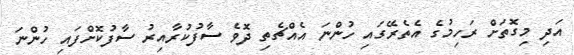
އަދި މިގޮތަށް ރަހިމުގެ އެތެރޭގައި ހުންނަ އެއްޗެތި ދޮވެ ސާފުކުރާއިރު ސާފުކޮށްފައި ހުންނަ